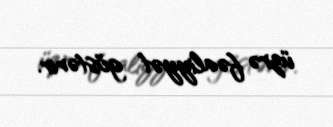
üzrə fəaliyyət göstərir.